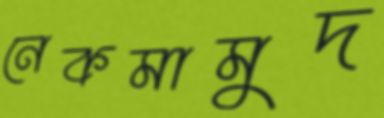
নেকমামুদ